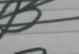
Signature authenticity: forged